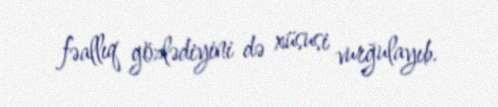
fəallıq gözlədiyini də xüsusi vurğulayıb.